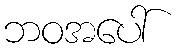
ဘဝအပေါ်